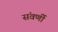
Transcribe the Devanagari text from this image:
संवर्णी